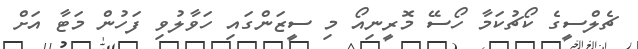
ޗެލްސީގެ ކޯޗުކަމާ ހޯސޭ މޮރީނިއޯ މި ސީޒަންގައި ހަވާލުވި ފަހުން މަޓާ އަށް